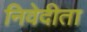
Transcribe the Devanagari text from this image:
निवेदीता